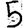
Digit: 5